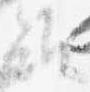
雖